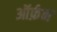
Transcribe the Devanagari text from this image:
ऑर्फ़न